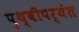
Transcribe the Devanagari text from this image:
पृथ्वीपर्यंत